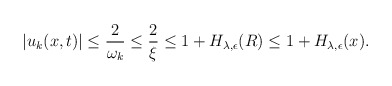
\begin{align*} \begin{aligned} |u_k(x,t)|\leq \frac{2}{\omega_k}\leq \frac{2}{\xi}\leq 1+H_{\lambda,\epsilon}(R)\leq 1+H_{\lambda,\epsilon}(x).\\ \end{aligned} \end{align*}